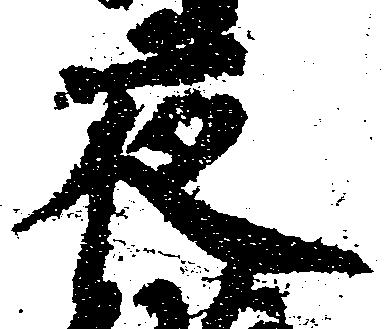
夜